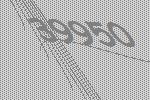
39950